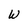
Character: W